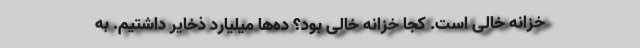
خزانه خالی است. کجا خزانه خالی بود؟ ده‌ها میلیارد ذخایر داشتیم. به